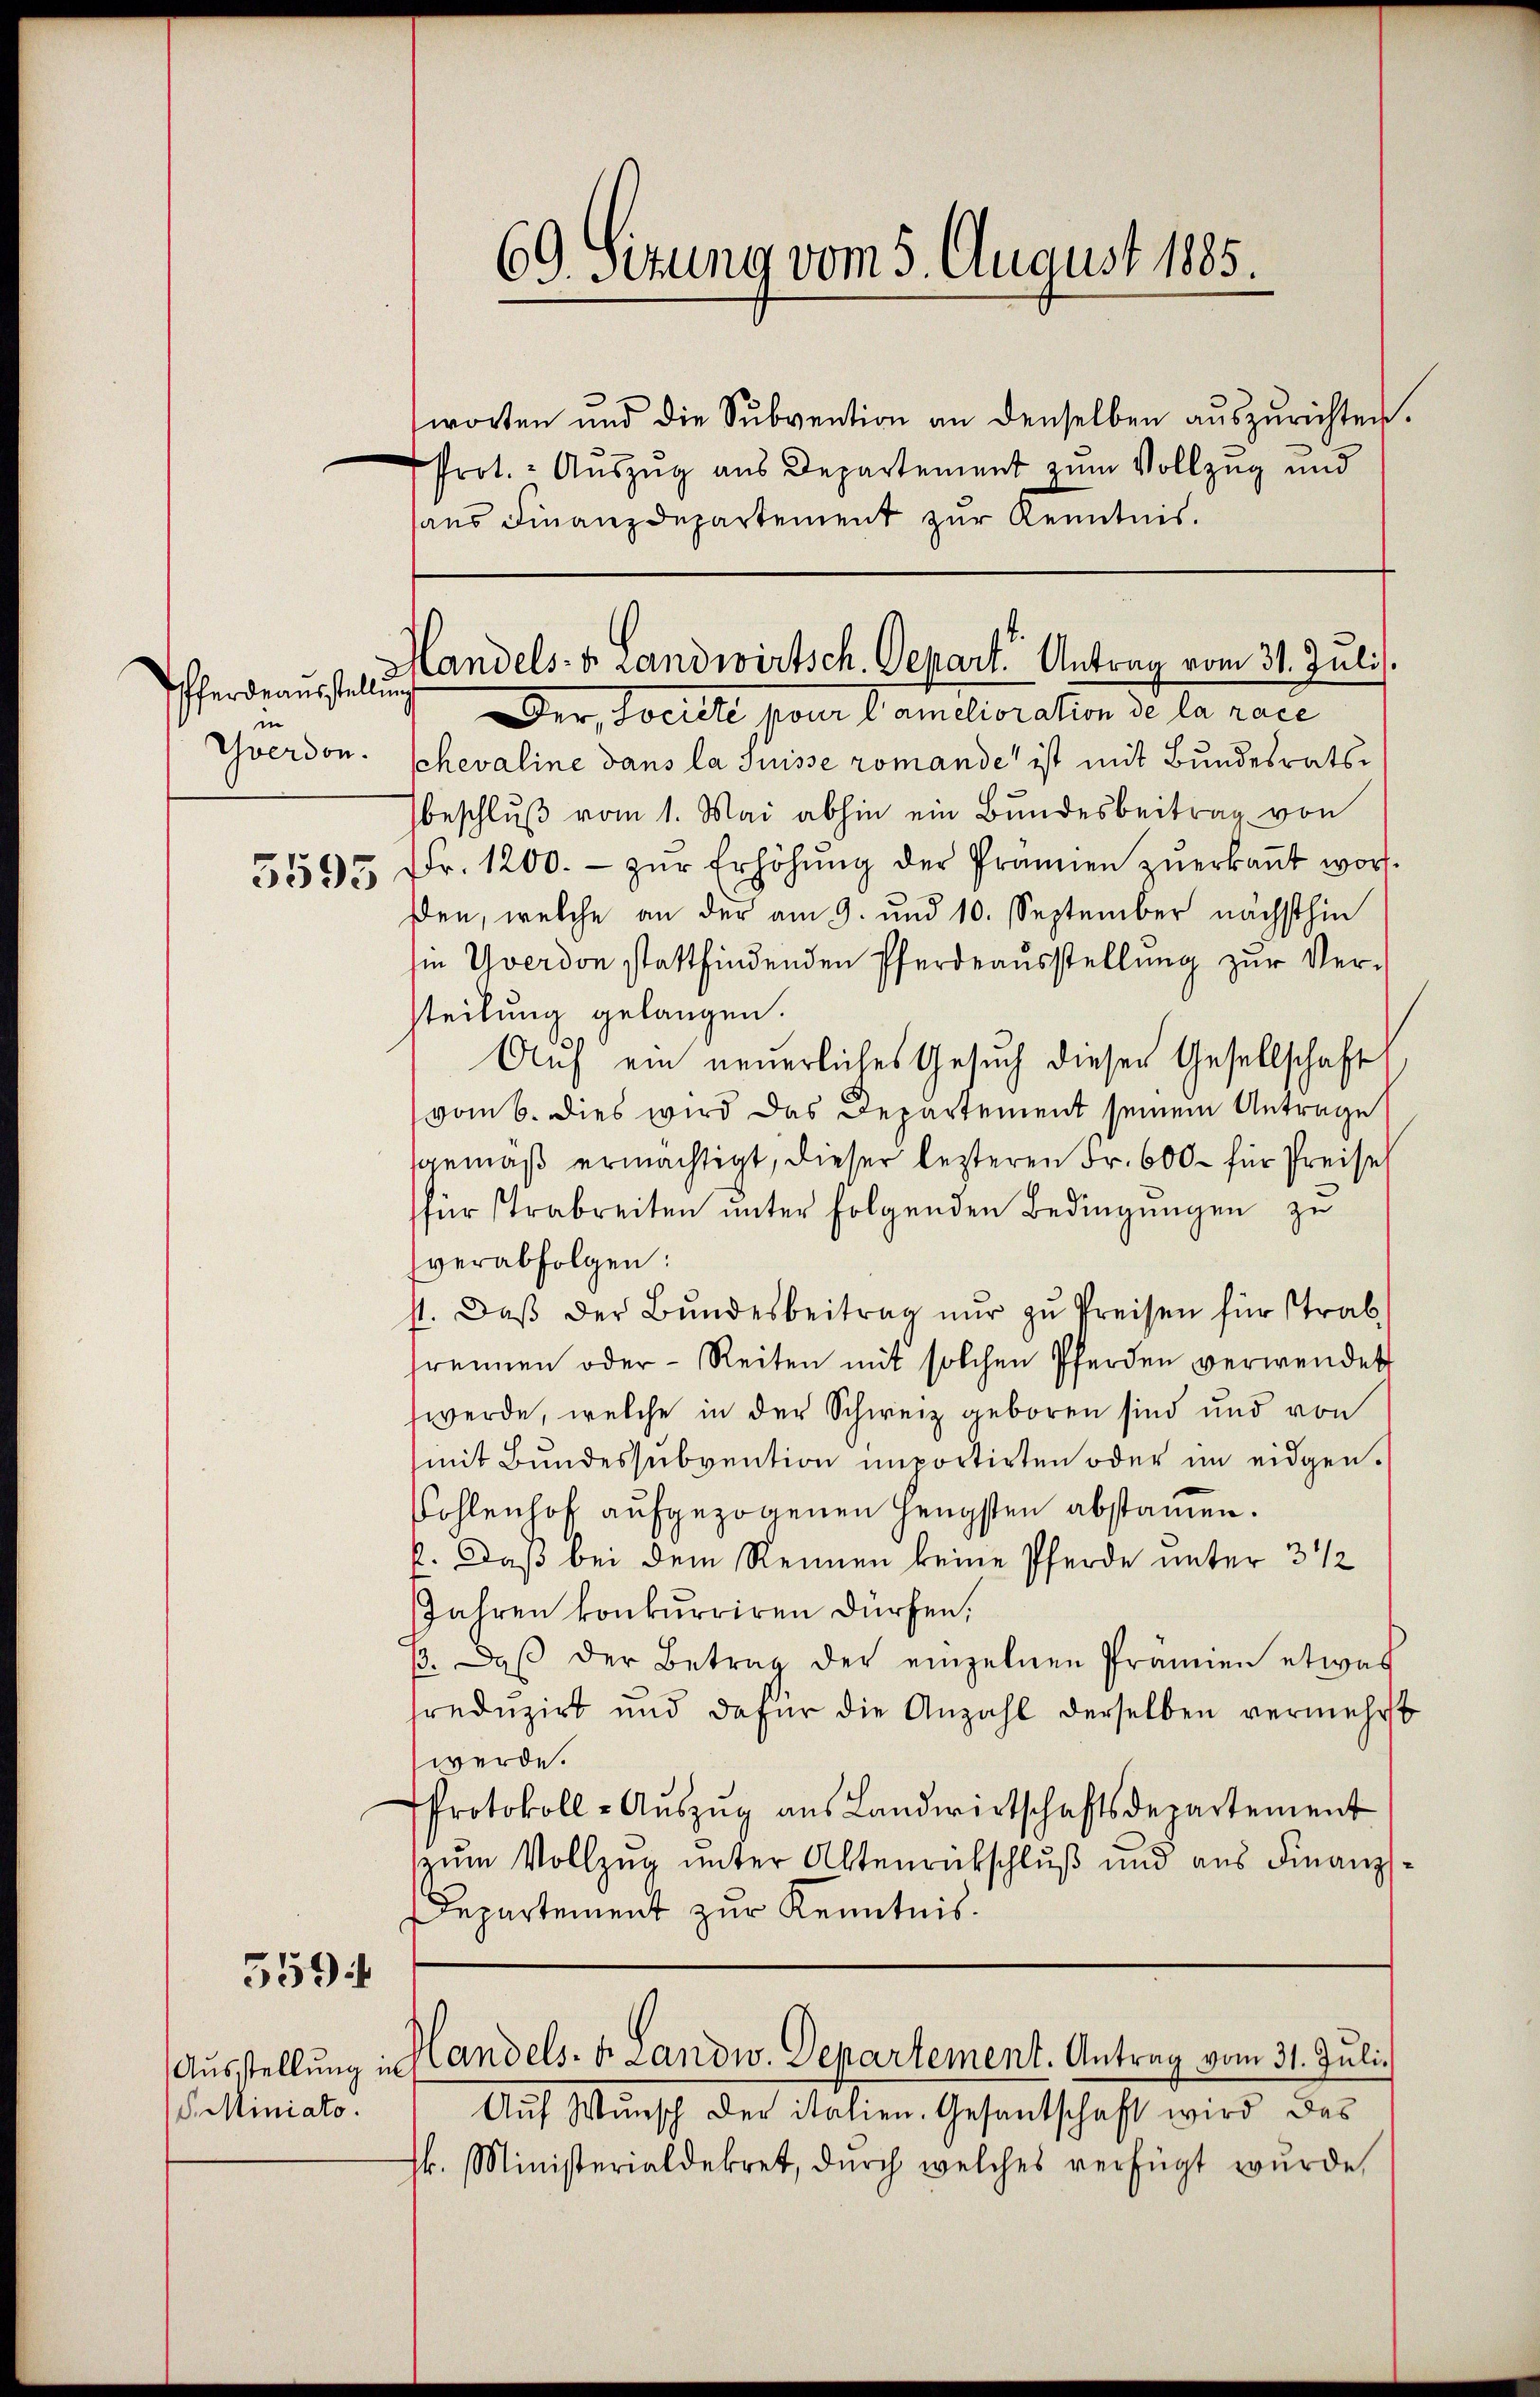
Pferdeausstellung
in

559

V. Miniato.

69. Situng vom 5. August 1885.

worten und die Sŭbvention an denselben aŭszŭrichten.
Prot. - Auszug aus Departement zum Vollzug und
sans Finanzdepartement zur Kenntnis.

Der, Seite pour l. amélioration de la nac
Yverdon. Schevaline dans la Suisse romande ist mit Bundesratsbeschlŭβ vom 1. Mai abhin ein Bundesbeitrag von
5595 Fr. 1200.- zŭr Erhöhŭng der Prämien zŭerkaṅt word.
den, welche an der am 9. und 10. September nächsthin
ie Yverdon stattfindenden Pferdeausstellung zur Ver-
steilung gelangen.
Auf ein neuerliches Gesuch dieser Gesellschaft
vom 6. dies wird das Departement seinem Antrage
sgemäß ermächtigt, dieser lezteren Fr. 600 – für Preise
für Trabreiten unter folgenden Bedingungen zu
verabfolgen:
st. Daβ der Bŭndesbeitrag nŭr zŭ Preisen für Trab
frennen oder Reiten mit solchen Pferden verwendet
werde, welche in der Schweiz geboren sind und von
mit Bundessŭbvention importirten oder im eidgen.
Kohlenhof aufgezogenen Hengsten abstamen.
l. Daß bei dem Rennen keine Pferde unter 3 1/2
Jahren konkurriren dürfen,
/. daβ der Betrag der einzelnen Prämien etwas
freduzirt und dafür die Anzahl derselben vermehrt
werde.
Protokoll-Aŭszŭg aŭs Landwirtschaftsdepartement
zŭm Vollzŭg ŭnter Altenrückschluß und aus Finanz-
Departement zur Kenntnis.

Handels- & Landwirtsch. Depart Antrag vom 31. Juli.

Ausstellung in Handels- v. Landw. Departement. Antrag vom 31. Juli.

Auf Wunsch der italien. Gesantschaft wird das
sk. Ministerialdekret, durch welches verfügt wurde,